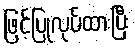
ဖြင့်ပြုလုပ်ထားပြီး